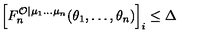
\left[ F _ { n } ^ { \mathcal { O } | \mu _ { 1 } \ldots \mu _ { n } } ( \theta _ { 1 } , \ldots , \theta _ { n } ) \right] _ { i } \leq \Delta